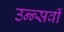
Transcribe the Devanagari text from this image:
उन्न्सवीं